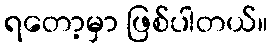
ရတော့မှာ ဖြစ်ပါတယ်။